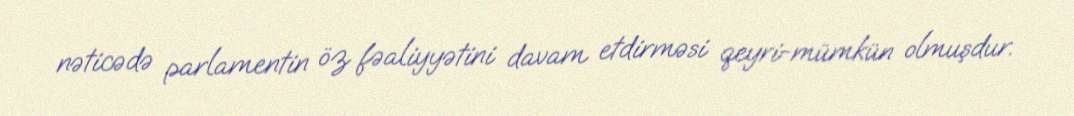
nəticədə parlamentin öz fəaliyyətini davam etdirməsi qeyri-mümkün olmuşdur.